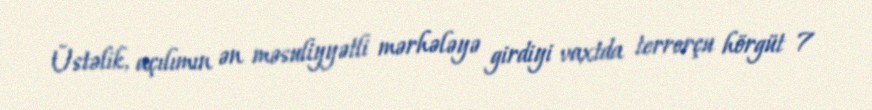
Üstəlik, açılımın ən məsuliyyətli mərhələyə girdiyi vaxtda terrorçu hörgüt 7